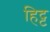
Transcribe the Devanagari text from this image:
हिट्ट